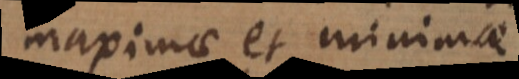
maximae et minimae.